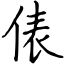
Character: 俵